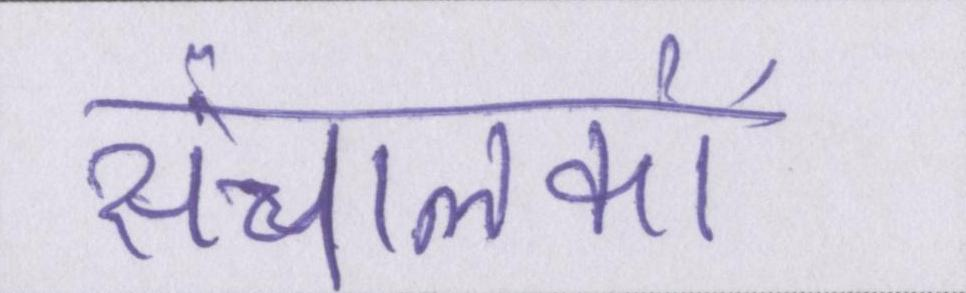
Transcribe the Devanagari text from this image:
संचालकों